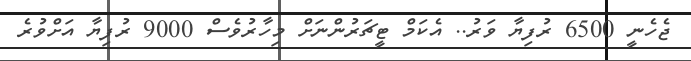
ޖެހެނީ 6500 ރުފިޔާ ވަރު.. އެކަމް ޓީޗަރުންނަށް މިހާރުވެސް 9000 ރުފިޔާ އަށްވުރެ